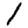
Digit: 1